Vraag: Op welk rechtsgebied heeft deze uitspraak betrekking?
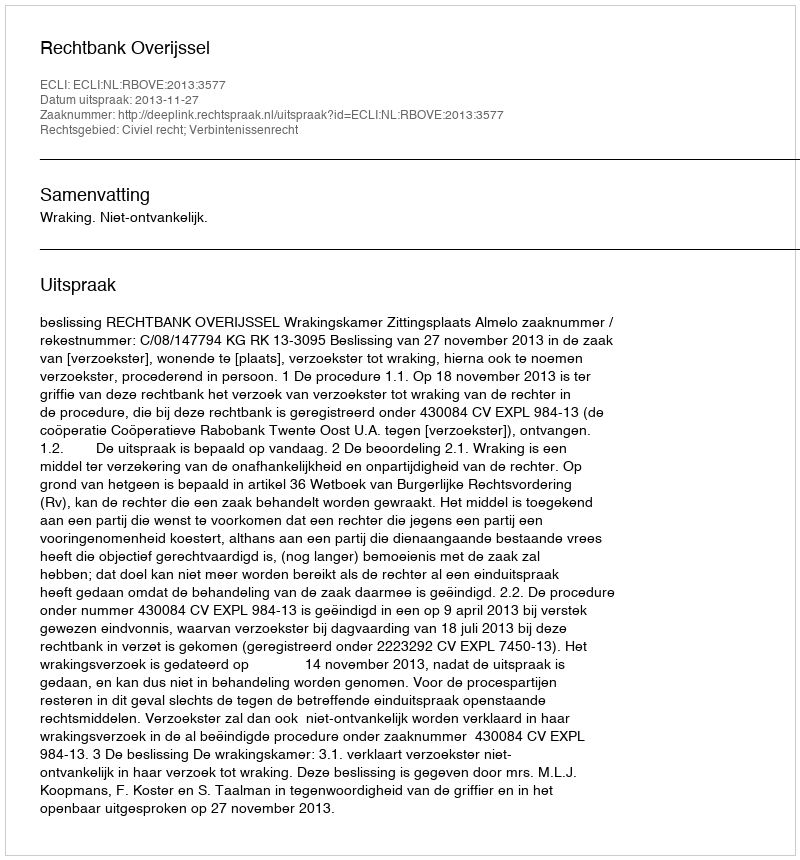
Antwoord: Civiel recht; Verbintenissenrecht